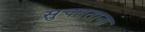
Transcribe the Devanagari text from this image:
सुचवताना